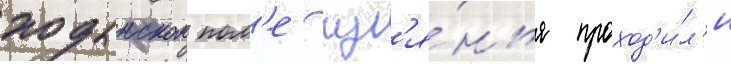
ходынском пол'е гул'я́нья проход'и́л'и